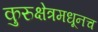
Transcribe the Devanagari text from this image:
कुरुक्षेत्रमधूनच